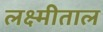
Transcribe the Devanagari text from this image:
लक्ष्मीताल